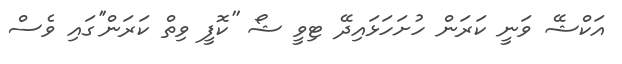
އަކްޝޭ ވަނީ ކަރަން ހުށަހަޅައިދޭ ޓިވީ ޝޯ ''ކޮފީ ވިތް ކަރަން''ގައި ވެސް